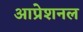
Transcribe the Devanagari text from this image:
आप्रेशनल